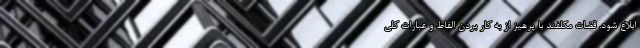
ابلاغ شود. قضات مکلفند با پرهیز از به کار بردن الفاظ و عبارات کلی